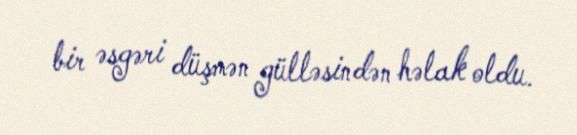
bir əsgəri düşmən gülləsindən həlak oldu.